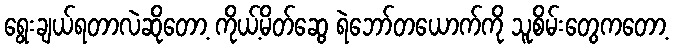
ရွေးချယ်ရတာလဲဆိုတော့ ကိုယ့်မိတ်ဆွေ ရဲဘော်တယောက်ကို သူစိမ်းတွေကတော့